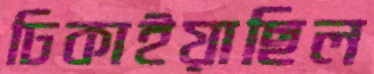
ঢিকাইয়াছিল